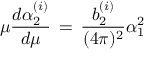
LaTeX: \mu { \frac { d \alpha _ { 2 } ^ { ( i ) } } { d \mu } } \, = \, { \frac { b _ { 2 } ^ { ( i ) } } { ( 4 \pi ) ^ { 2 } } } \alpha _ { 1 } ^ { 2 }